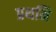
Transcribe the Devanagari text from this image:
प्रथमि